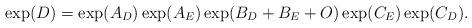
LaTeX: \begin{align*}\exp(D)=\exp(A_D)\exp(A_E)\exp(B_D+B_E+O)\exp(C_E)\exp(C_D).\end{align*}